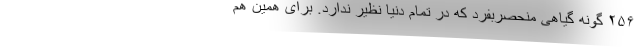
۲۵۶ گونه گیاهی منحصربفرد که در تمام دنیا نظیر ندارد. برای همین هم